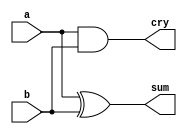
/*
 * Generated by Digital. Don't modify this file!
 * Any changes will be lost if this file is regenerated.
 */

module half_adder (
  input a,
  input b,
  output sum,
  output cry
);
  assign sum = (a ^ b);
  assign cry = (a & b);
endmodule